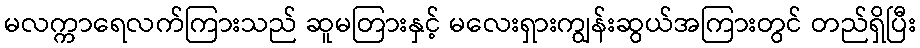
မလက္ကာရေလက်ကြားသည် ဆူမတြားနှင့် မလေးရှားကျွန်းဆွယ်အကြားတွင် တည်ရှိပြီး